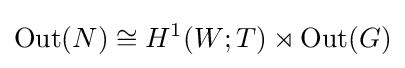
\operatorname {Out} (N)\cong H^{1}(W;T)\rtimes \operatorname {Out} (G)